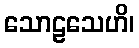
သောဠသေဟိ၊